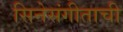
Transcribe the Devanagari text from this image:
सिनेसंगीताची